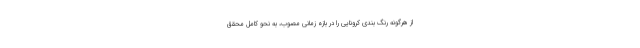
از هرگونه رنگ بندی کرونایی را در بازه زمانی مصوب، به نحو کامل محقق